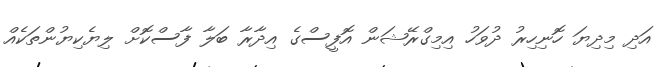
އަދި މިދިޔަ ހޮނިހިރު ދުވަހު އިމިގްރޭޝަން އޮފީސްގެ އިދާރާ ބަލާ ފާސްކޮށް ލިޔެކިޔުންތަކެއް